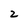
Character: 2